Civil Veterinary Department. United Provinces 1932-42 - 1932-1942
Year: 1932
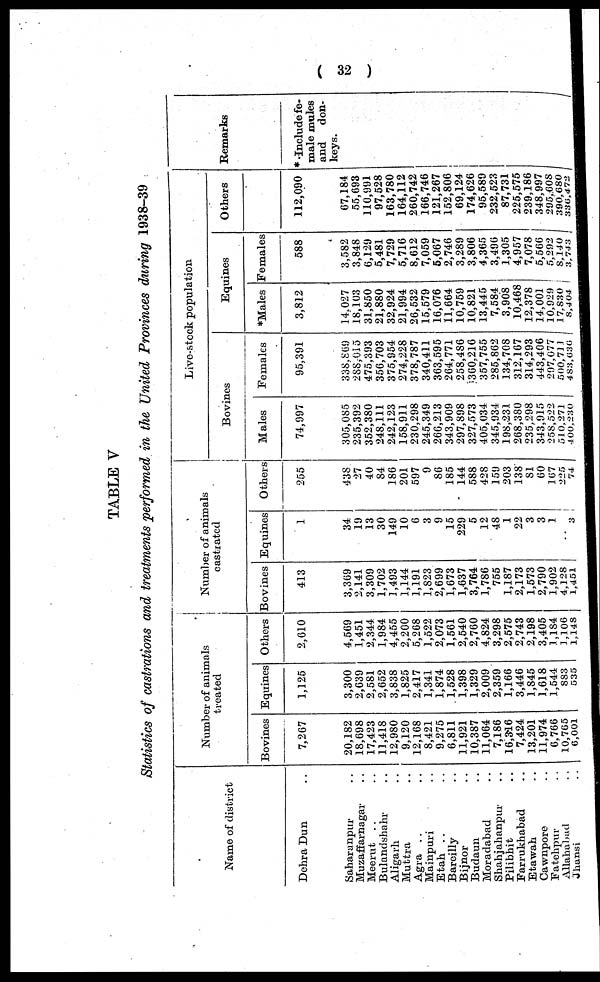
(32)
TABLE V
Statistics of castrations and treatments performed in the United Provinces during 1938-39
Name of district
Dehra Dun ..
Saharanpur ..
Muzaffarnagar ..
Meerut .. ..
Bulandshahr ..
Aligarh ..
Muttra ..
Agra .. ..
Mainpuri ..
Etah .. ..
Bareilly ..
Bijnor ..
Budaun ..
Moradabad ..
Shahjahanpur ..
Pilibhit ..
Farrukhabad ..
Etawah ..
Cawnpore ..
Fatehpur ..
Allahabad
..
Jhansi ..
Number of animals
treated
Bovines
7,267
20,182
18,698
17,423
11,418
12,980
9,120
12,168
8,421
9,275
6,811
11,921
10,387
11,064
7,186
16,316
7,424
13,201
11,974
6,766
10,765
6,001
Equines
1,125
3,300
2,639
2,581
2,652
3,838
1,825
2,417
1,341
1,874
1,528
1,398
1,329
2,009
2,359
1,166
3,446
1,845
1,618
1,544
883
535
Others
2,610
4,569
1,451
2,344
1,984
4,455
2,200
5,268
1,522
2,073
1,561
2,540
2,760
4,824
3,298
2,575
2,743
2,198
3,405
1,184
1,106
1,148
Number of animals
castrated
Bovines
413
3,369
2,141
3,309
1,702
1,493
1,144
1,191
1,823
2,699
1,673
1,637
3,764
1,786
755
1,187
2,173
1,573
2,790
1,902
4,128
1,451
Equines
1
34
19
13
30
149
10
6
3
9
15
229
5
12
48
1
22
3
3
1
..
3
Others
255
438
27
40
84
186
201
597
9
86
185
144
588
428
159
203
138
81
60
107
225
74
Live-stock population
Bovines
Males
74,997
305,085
235,392
352,380
248,111
242,123
158,911
230,298
245,349
266,213
343,909
297,898
327,573
405,034
345,934
198,331
268,380
235,298
343,915
258,522
510,271
400,230
Females
95,391
338,869
288,015
475,393
356,703
375,954
274,228
378,787
340,411
363,595
264,771
258,486
360.216
357,755
285,862
134,708
312,167
314,293
443,406
297,077
500,711
483,636
Equines
*Males
3,812
14.027
18,103
31,850
21,880
32,924
21,994
26,532
15,579
16,076
11,664
10,759
10,821
13,445
7,584
3,908
10,468
12,378
14,001
10,929
17,830
8,404
Females
588
3,582
3,848
6,129
5,481
7,729
5,716
8,612
7,059
5,€67
2,746
3,289
3,806
4,365
3,496
1,305
4,957
7,078
5,566
5,292
8,140
3,743
Others
112,090
67,184
55,693
110,991
97,528
163,780
164,112
260,742
166,746
121,267
152,806
69,124
174,626
95,589
232,523
87,731
225,575
239,186
348,997
295,608
390,680
336,472
Remarks
*Include fe-
male mules
and
don-
keys.
j